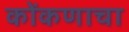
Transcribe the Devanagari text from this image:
कोंकणाचा